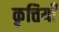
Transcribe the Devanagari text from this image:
कृत्तियाँ